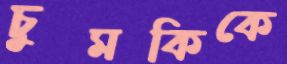
চুমকিকে